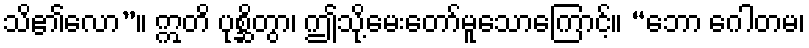
သိ၏လော”။ ဣတိ ပုစ္ဆိတွာ၊ ဤသို့မေးတော်မူသောကြောင့်။ “ဘော ဂေါတမ၊